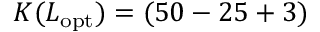
K ( L _ { \mathrm { o p t } } ) = ( 5 0 - 2 5 + 3 )